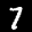
Label: 7